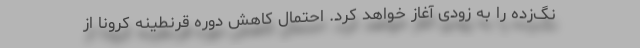
نگ‌زده را به زودی آغاز خواهد کرد. احتمال کاهش دوره قرنطینه کرونا از